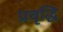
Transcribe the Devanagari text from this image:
प्रवृद्धि